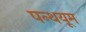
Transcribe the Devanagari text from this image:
पन्थयूम